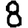
Digit: 8